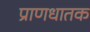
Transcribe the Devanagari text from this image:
प्राणधातक